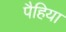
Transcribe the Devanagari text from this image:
पैहिया